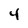
Character: 4